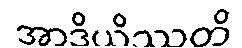
အာဒိယိဿတိ